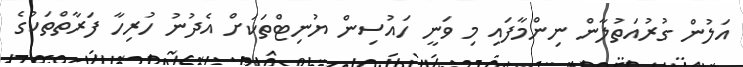
އަލުން ގުރުއަތުލާން ނިންމާފައި މި ވަނީ ހައުސިން ޔުނިޓްތަކަށް އެދުނު ހުރިހާ ފަރާތްތަކުގެ